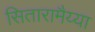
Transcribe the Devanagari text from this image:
सितारामैय्या